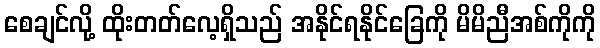
စေချင်လို့ ထိုးတတ်လေ့ရှိသည် အနိုင်ရနိုင်ခြေကို မိမိညီအစ်ကိုကို